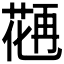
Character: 𱾇